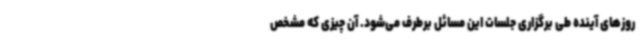
روزهای آینده طی برگزاری جلسات این مسائل برطرف می‌شود. آن چیزی که مشخص